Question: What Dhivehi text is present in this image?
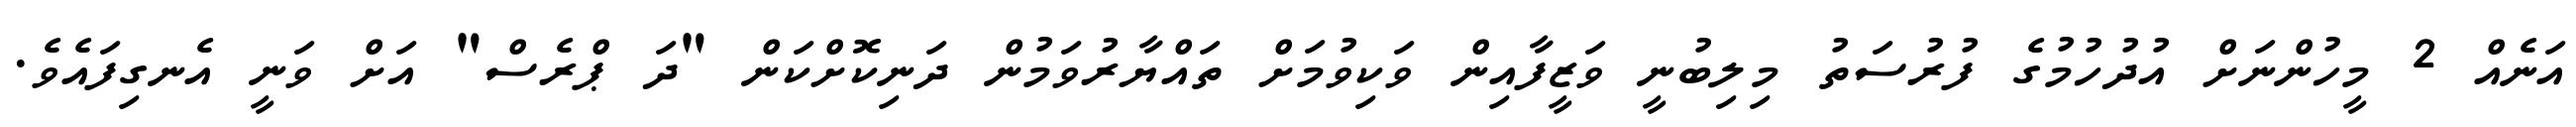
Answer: އަނެއް 2 މީހުންނަށް އުދުހުމުގެ ފުރުސަތު މިލިބުނީ ވަޒީފާއިން ވަކިވުމަށް ތައްޔާރުވަމުން ދަނިކޮށްކަން "ދަ ޕްރެސް" އަށް ވަނީ އެނގިފައެވެ.